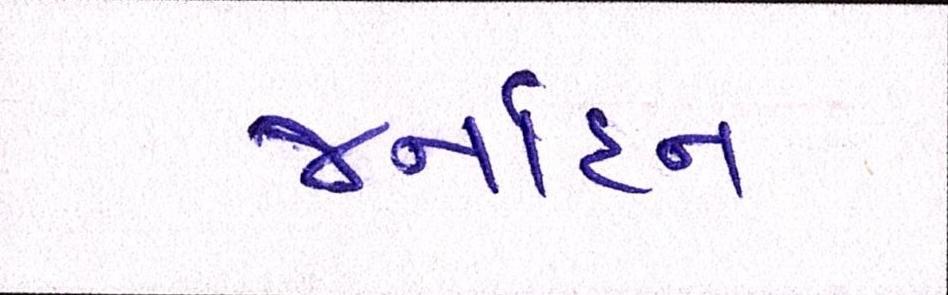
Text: જર્નાદન